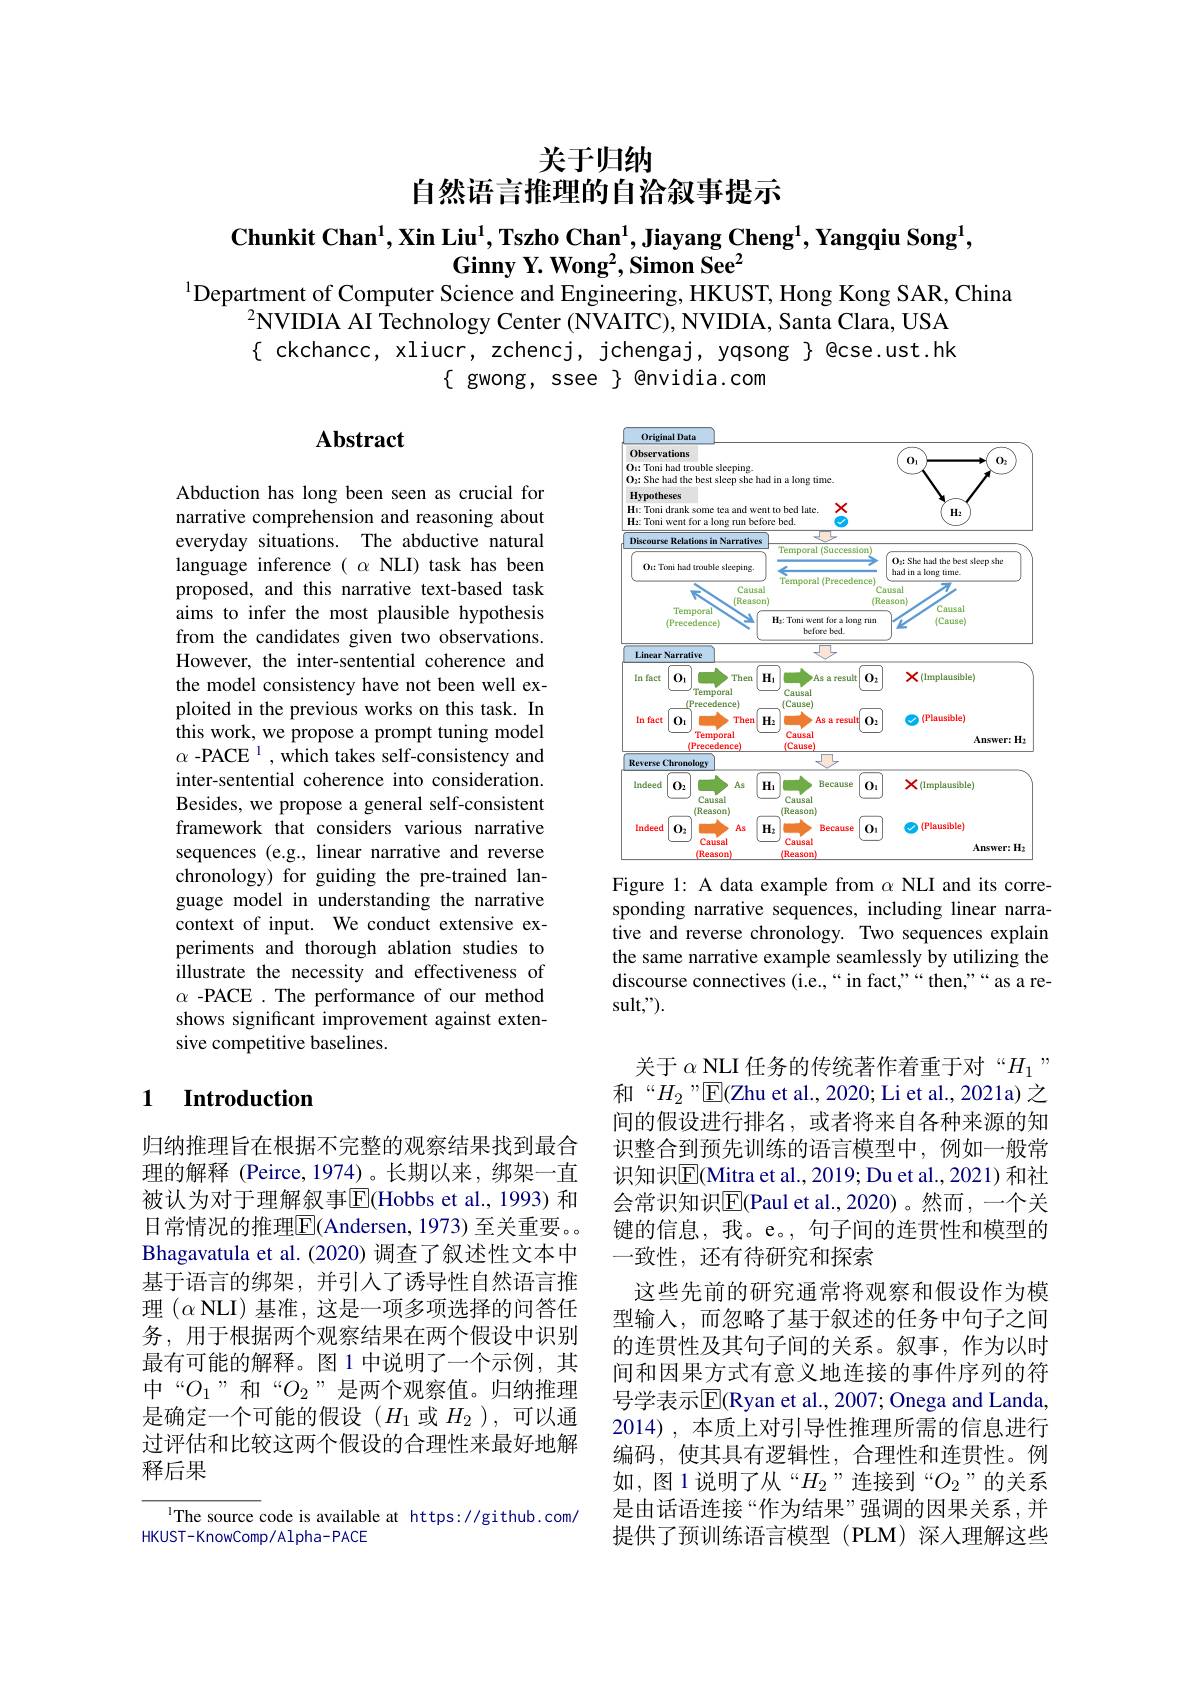
关于归纳
自然语言推理的自治叙事提示

$\textbf{Chunkit Chan}^1,\textbf{Xin Liu}^1,\textbf{Tszho Chan}^1,\textbf{Jiayang Cheng}^1,\textbf{Yangqiu Song}^1$,
Ginny Y. Won$g^2$, Simon Se$e^2$
$^{1}$Department of Computer Science and Engineering, HKUST, Hong Kong SAR, China

$^2$NVIDIA AI Technology Center ( NVAITC) , NVIDIA, Santa Clara, USA { ckchancc, xliucr, zchencj, jchengaj, yqsong } @cse.ust.hk
$\{$ gwong, ssee $\}$ @nvidia.com

## Abstract

<FigureHere>
Figure 1: A data example from $\alpha$ NLI and its corre-

Abduction has long been seen as crucial for narrative comprehension and reasoning about everyday situations. The abductive natural language inference $(\alpha$ NLI) task has been proposed, and this narrative text-based task aims to infer the most plausible hypothesis from the candidates given two observations. However, the inter-sentential coherence and the model consistency have not been well exploited in the previous works on this task. In this work, we propose a prompt tuning model $\alpha\text{ -PACE }^{1}$,which takes self-consistency and inter-sentential coherence into consideration. Besides, we propose a general self-consistent framework that considers various narrative sequences (e.g., linear narrative and reverse chronology) for guiding the pre-trained language model in understanding the narrative context of input. We conduct extensive experiments and thorough ablation studies to illustrate the necessity and effectiveness of $\alpha$ -PACE .The performance of our method shows significant improvement against extensive competitive baselines.

sponding narrative sequences, including linear narrative and reverse chronology. Two sequences explain the same narrative example seamlessly by utilizing the discourse connectives (i.e.,“in fact,”“then,”“as a result,").

## 1 Introduction

键的信息，我。e。, 句子间的连贯性和模型的
一致性，还有待研究和探索

归纳推理旨在根据不完整的观察结果找到最合理的解释 (Peirce,1974)。长期以来，绑架一直被认为对于理解叙事$\overline{\mathrm{E}}($Hobbs et al., 1993) 和日常情况的推理$\overline{\mathrm{E}}($Andersen, 1973) 至关重要。Bhagavatula et al. (2020) 调查了叙述性文本中基于语言的绑架，并引人了诱导性自然语言推理$(\alpha$ NLI) 基准，这是一项多项选择的问答任务，用于根据两个观察结果在两个假设中识别最有可能的解释。图 1 中说明了一个示例，其中“$O_1”$和“$O_2”$是两个观察值。归纳推理是确定一个可能的假设($H_1$或$H_2$ ),可以通过评估和比较这两个假设的合理性来最好地解释后果

关于 $\alpha\_\underline{\mathrm{NLI~}}$任务的传统著作着重于对“$H_1”$ 和“$H_{2}$”$\underline{\mathrm{E}}($Zhu et al., 2020; Li et al., 2021a)之间的假设进行排名，或者将来自各种来源的知识整合到预先训练的语言模型中，例如一般常识知识$\boxed{\mathrm{E}}($Mitra et al., 2019; Du et al., 2021) 和社会常识知识$\overline{\mathrm{E}}$(Paul et al.,2020)。然而，一个关
这些先前的研究通常将观察和假设作为模型输入，而忽略了基于叙述的任务中句子之间的连贯性及其句子间的关系。叙事，作为以时间和因果方式有意义地连接的事件序列的符号学表示$\overline{\mathrm{E}}$(Ryan et al., 2007; Onega and Landa, 2014),本质上对引导性推理所需的信息进行编码，使其具有逻辑性，合理性和连贯性。例如，图 1说明了从“$H_2$”连接到“$O_2$”的关系是由话语连接“作为结果”强调的因果关系，并提供了预训练语言模型(PLM)深人理解这些

The source code is available at https://github.com/
HKUST-KnowComp/Alpha-PACE